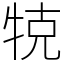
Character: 𤙥